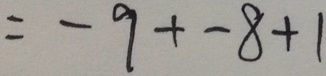
= - 9 + - 8 + 1